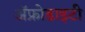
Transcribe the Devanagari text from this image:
ॲफ्रोडाइटी